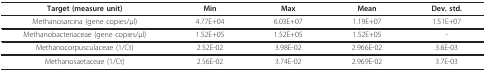
| Target (measure unit) | Min | Max | Mean | Dev. std. |
 | --- | --- | --- | --- | --- |
 | Methanosarcina (gene copies/μl) | 4.77E+04 | 6.03E+07 | 1.19E+07 | 1.51E+07 |
 | Methanobacteriaceae (gene copies/μl) | 1.52E+05 | 1.52E+05 | 1.52E+05 | - |
 | Methanocorpusculaceae (1/Ct) | 2.52E-02 | 3.98E-02 | 2.966E-02 | 3.6E-03 |
 | Methanosaetaceae (1/Ct) | 2.56E-02 | 3.74E-02 | 2.969E-02 | 3.7E-03 |